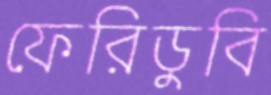
ফেরিডুবি